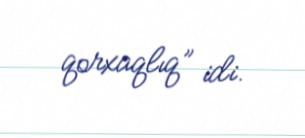
qorxaqlıq” idi.